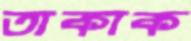
তাকাক